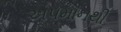
અપમાનથી